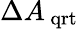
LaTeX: \Delta{{A_{\, \mathrm{{qrt}}}}}